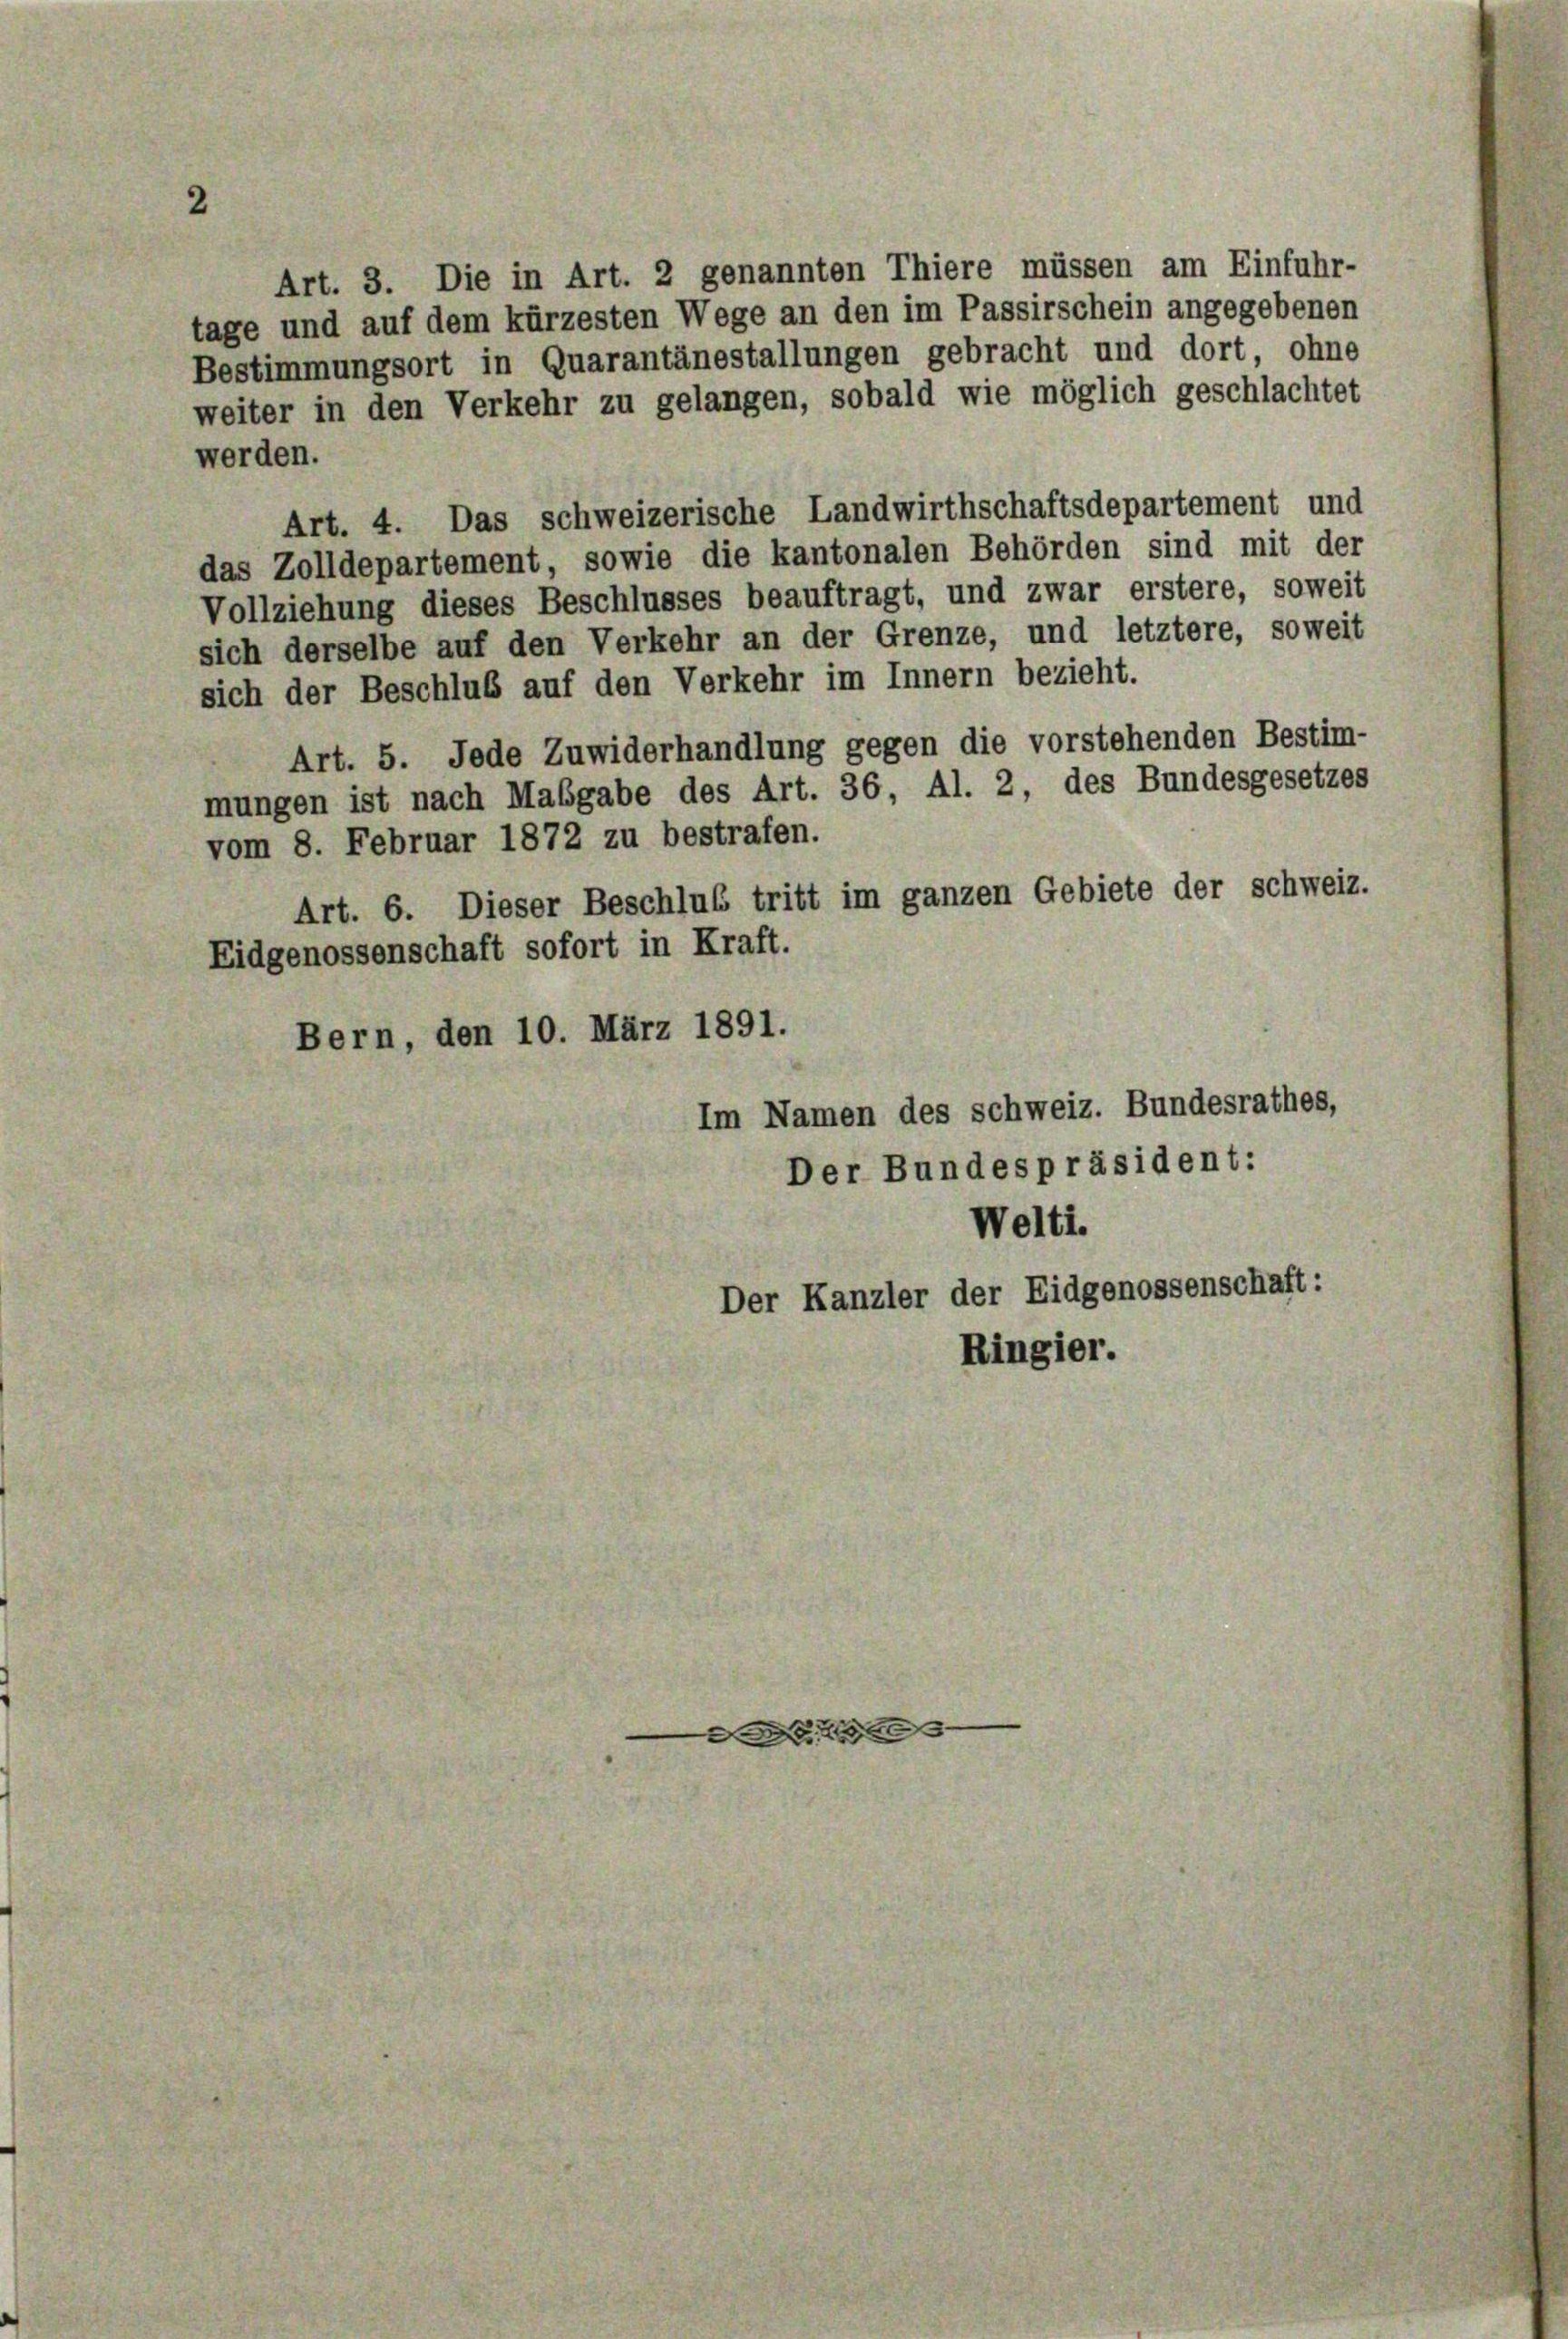
2

Art. 3. Die in Art. 2 genannten Thiere müssen am Einfuhr-
tage und auf dem kürzesten Wege an den im Passirschein angegebenen
Bestimmungsort in Quarantänestallungen gebracht und dort, ohne
weiter in den Verkehr zu gelangen, sobald wie möglich geschlachtet
werden.
Art. 4. Das schweizerische Landwirthschaftsdepartement und
das Zolldepartement, sowie die kantonalen Behörden sind mit der
Vollziehung dieses Beschlusses beauftragt, und zwar erstere, soweit
sich derselbe auf den Verkehr an der Grenze, und letztere, soweit
sich der Beschluß auf den Verkehr im Innern bezieht.
Art. 5. Jede Zuwiderhandlung gegen die vorstehenden Bestim-
mungen ist nach Mabgabe des Art. 36, Al. 2, des Bundesgesetzes
vom 8. Februar 1872 zu bestrafen.
Art. 6. Dieser Beschluß tritt im ganzen Gebiete der Schweiz.
Eidgenossenschaft sofort in Kraft.
Bern, den 10. März 1891.
Im Namen des Schweiz. Bundesrathes,
Der Bundespräsident:
Welti.
Der Kanzler der Eidgenossenschaft:
Ringier.

D